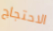
الاحتجاج